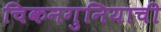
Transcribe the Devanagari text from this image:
चिकनगुनियाची